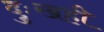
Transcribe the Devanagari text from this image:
दुःखही